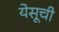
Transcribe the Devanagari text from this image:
येसूची